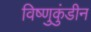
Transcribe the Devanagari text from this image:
विष्णुकुंडीन